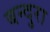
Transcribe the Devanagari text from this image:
बन्दुरा